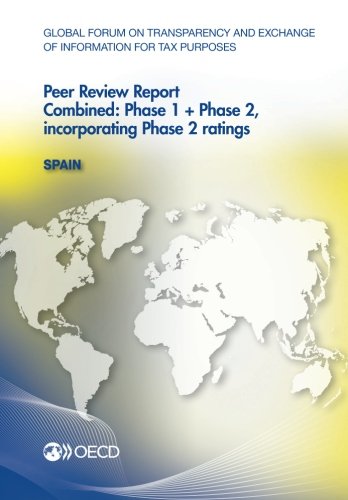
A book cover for Global Forum on Transparency and Exchange of Information for Tax Purposes Peer Reviews: Spain 2013: Combined: Phase 1 + Phase 2, incorporating Phase 2 ratings; Oecd Organisation For Economic Co-Operation And Development; Law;